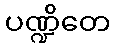
ပဏ္ဍိတေ